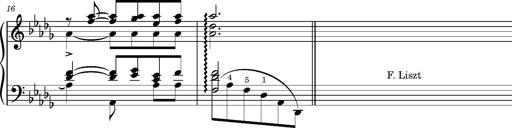
Title: KlavierstÃ¼ck in As-dur No.2 (S.189a/1)
Composer: Franz Liszt
Key: A